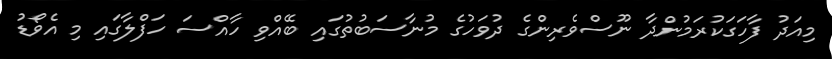
މިއަދު ފާހަގަކުރަމުންދާ ނޫސްވެރިންގެ ދުވަހުގެ މުނާސަބުތުގައި ބޭއްވި ހާއްސަ ހަފްލާގައި މި އެވޯޑު